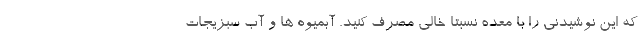
که این نوشیدنی را با معده نسبتا خالی مصرف کنید. آبمیوه ها و آب سبزیجات